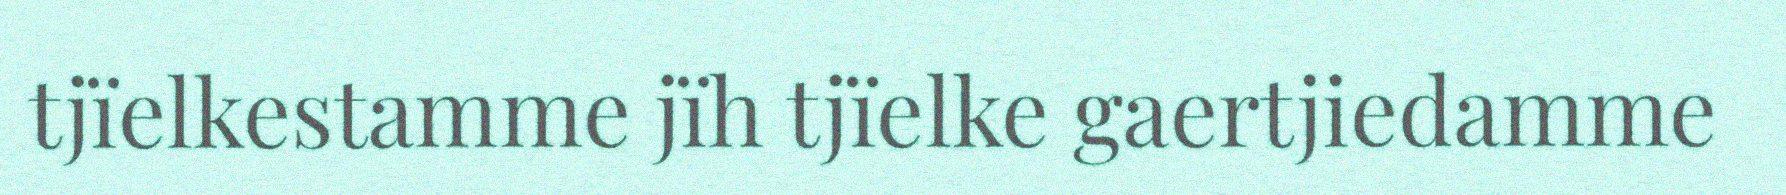
tjïelkestamme jïh tjïelke gaertjiedamme